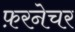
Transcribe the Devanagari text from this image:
फ़रनेचर